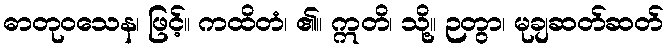
ဓာတုဝသေန၊ ဖြင့်။ ကထိတံ၊ ၏။ ဣတိ၊ သို့။ ဉတွာ၊ မုချဆတ်ဆတ်